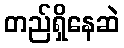
တည်ရှိနေဆဲ